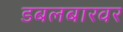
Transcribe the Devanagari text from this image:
डबलबारवर